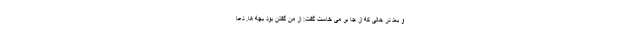
و بعد در حالی که از جا بر می­ خاست گفت: از من گفتن بود بچه­ ها. دعا